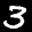
Label: 3